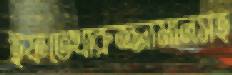
ইফতেখারুজ্জামানসহ